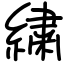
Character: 繍